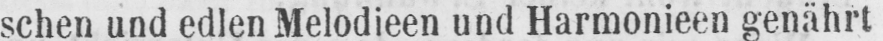
schen und edlen Melodieen und Harmonieen genährt